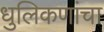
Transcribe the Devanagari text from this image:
धुलिकणांचा